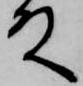
殿